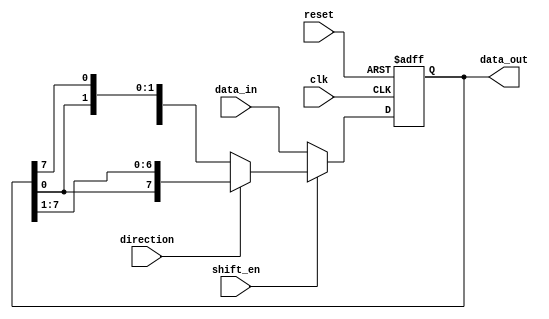
module universal_shift_register(
    input wire clk, 
    input wire reset,
    input wire shift_en,
    input wire direction,
    input wire [7:0] data_in,
    output reg [7:0] data_out
);

reg [7:0] shift_reg;

always @ (posedge clk or posedge reset) begin
    if (reset) begin
        shift_reg <= 8'b0;
    end else if (shift_en) begin
        if (direction) begin // shift right
            shift_reg <= {shift_reg[0], shift_reg[7:1]};
        end else begin // shift left
            shift_reg <= {shift_reg[6:0], shift_reg[7]};
        end
    end else begin // parallel load
        shift_reg <= data_in;
    end
end

assign data_out = shift_reg;

endmodule